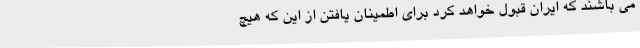
می باشند که ایران قبول خواهد کرد برای اطمینان یافتن از این که هیچ